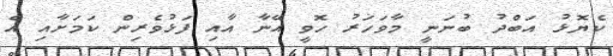
ކެޔޮޅު އަބްދު ބުނަނީ މާވަހަރު ހޮވީ އޭނާ އާއި ފަޅުވެރިން ކަމަށާއި އެ